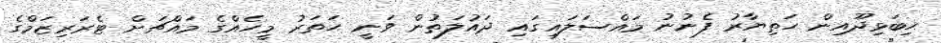
ހިބަޅިދޫއިން ހަތިޔާރު ފެނުނު މައްސަލައިގައި ދައުލަތުން ވަނީ ހަތަރު މީހެއްގެ މައްޗަށް ޓެރަރިޒަމްގެ